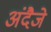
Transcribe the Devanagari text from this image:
अंदैजे